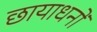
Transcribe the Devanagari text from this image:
छायाधनों